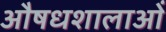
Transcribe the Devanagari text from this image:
औषधशालाओं